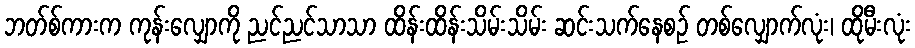
ဘတ်စ်ကားက ကုန်းလျှောကို ညင်ညင်သာသာ ထိန်းထိန်းသိမ်းသိမ်း ဆင်းသက်နေစဉ် တစ်လျှောက်လုံး၊ ထိုမီးလုံး